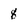
Character: 8